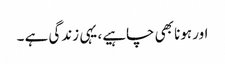
اور ہونا بھی چاہیے، یہی زندگی ہے ۔